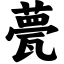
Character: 甍